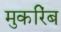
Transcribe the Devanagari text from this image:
मुकरिंब